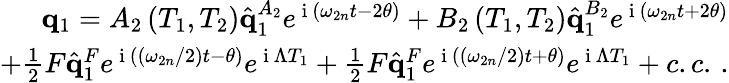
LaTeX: \begin{array}{r}{\mathbf{q}_{1}=A_{2}\left(T_{1},T_{2}\right)\hat{\mathbf{q}}_{1}^{A_{2}}e^{\mathrm{~i~}\left(\omega_{2n}t-2\theta\right)}+B_{2}\left(T_{1},T_{2}\right)\hat{\mathbf{q}}_{1}^{B_{2}}e^{\mathrm{~i~}\left(\omega_{2n}t+2\theta\right)}}\\ {+\frac{1}{2}F\hat{\mathbf{q}}_{1}^{F}e^{\mathrm{~i~}\left(\left(\omega_{2n}/2\right)t-\theta\right)}e^{\mathrm{~i~}\Lambda T_{1}}+\frac{1}{2}F\hat{\mathbf{q}}_{1}^{F}e^{\mathrm{~i~}\left(\left(\omega_{2n}/2\right)t+\theta\right)}e^{\mathrm{~i~}\Lambda T_{1}}+c.c.\, .}\end{array}